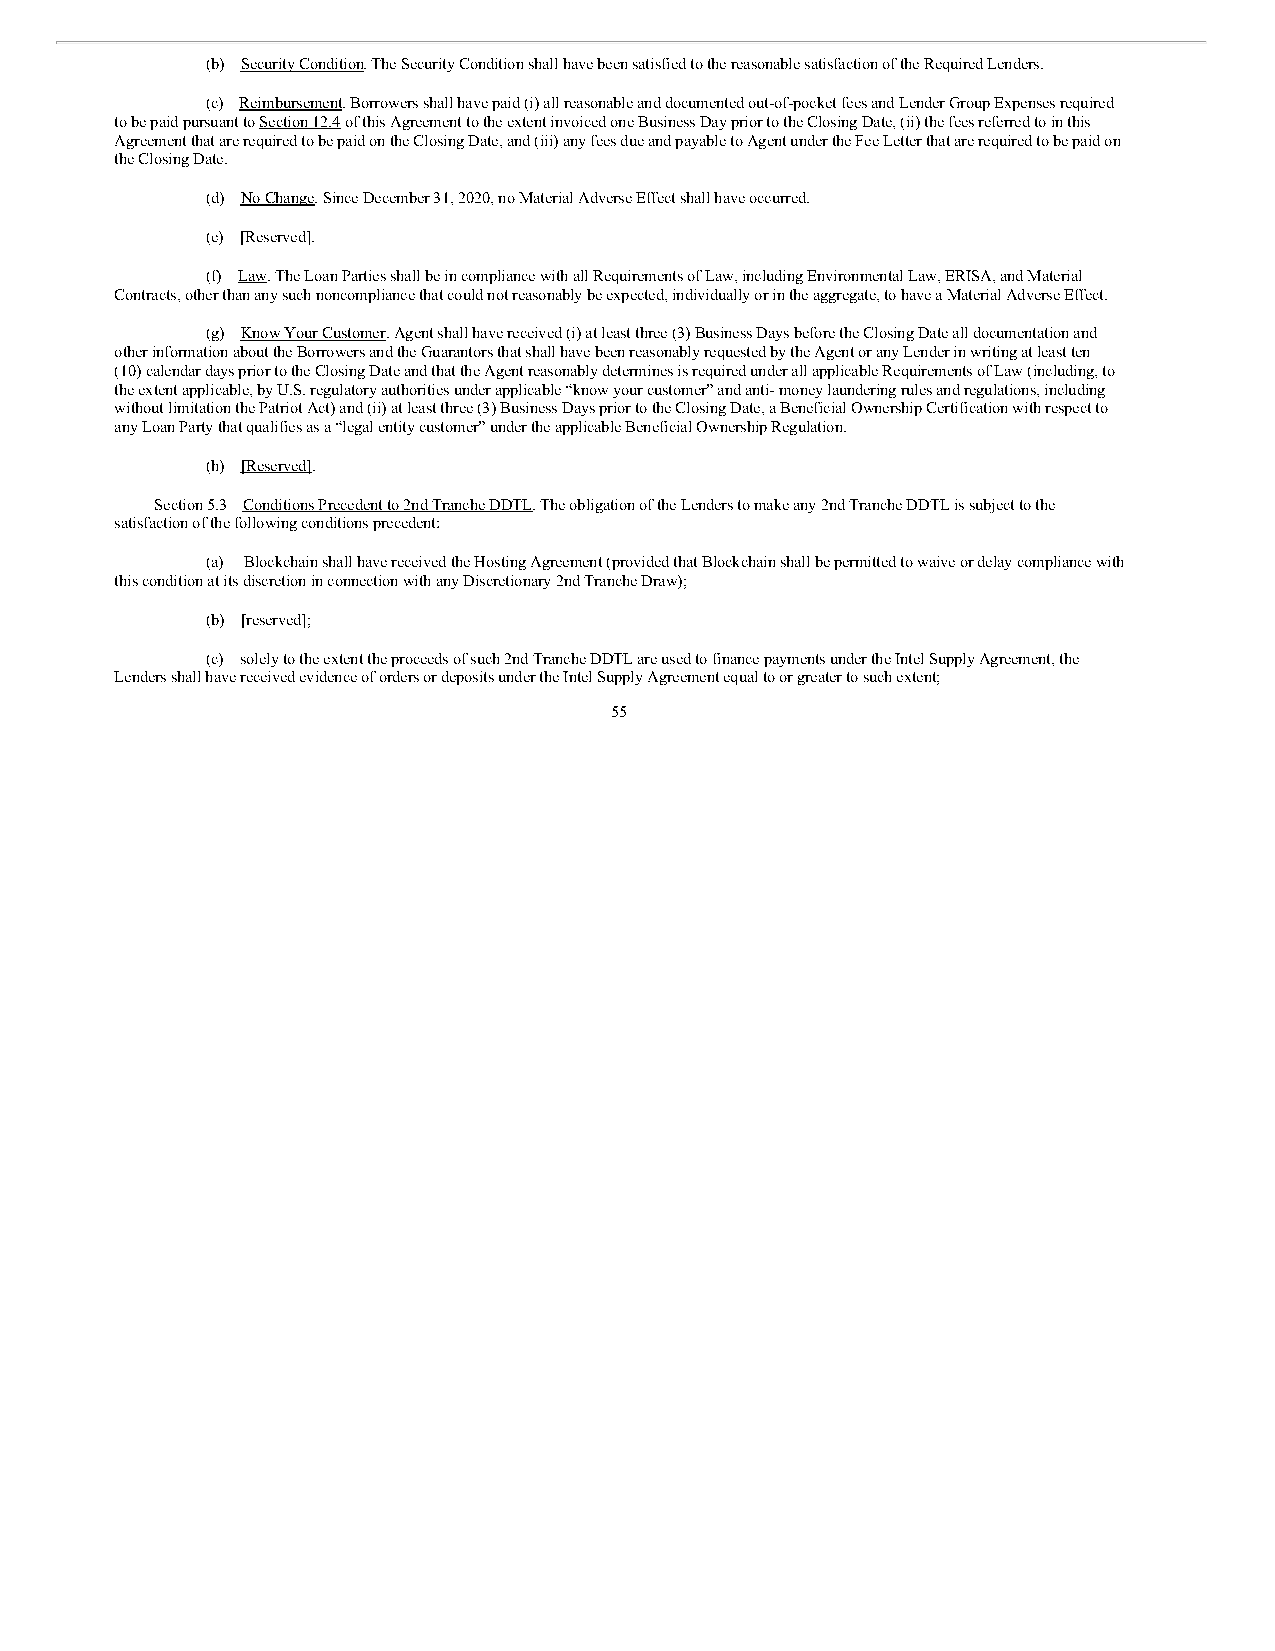
(b) Security Condition. The Security Condition shall have been satisfied to the reasonable satisfaction of the Required Lenders.
 (c) Reimbursement. Borrowers shall have paid (i) all reasonable and documented out-of-pocket fees and Lender Group Expenses required
 to be paid pursuant to Section 12.4 of this Agreement to the extent invoiced one Business Day prior to the Closing Date, (ii) the fees referred to in this
 Agreement that are required to be paid on the Closing Date, and (iii) any fees due and payable to Agent under the Fee Letter that are required to be paid on
 the Closing Date.
 (d) No Change. Since December 31, 2020, no Material Adverse Effect shall have occurred.
 (e) [Reserved].
 (f) Law. The Loan Parties shall be in compliance with all Requirements of Law, including Environmental Law, ERISA, and Material
 Contracts, other than any such noncompliance that could not reasonably be expected, individually or in the aggregate, to have a Material Adverse Effect.
 (g) Know Your Customer. Agent shall have received (i) at least three (3) Business Days before the Closing Date all documentation and
 other information about the Borrowers and the Guarantors that shall have been reasonably requested by the Agent or any Lender in writing at least ten
 (10) calendar days prior to the Closing Date and that the Agent reasonably determines is required under all applicable Requirements of Law (including, to
 the extent applicable, by U.S. regulatory authorities under applicable “know your customer” and anti- money laundering rules and regulations, including
 without limitation the Patriot Act) and (ii) at least three (3) Business Days prior to the Closing Date, a Beneficial Ownership Certification with respect to
 any Loan Party that qualifies as a “legal entity customer” under the applicable Beneficial Ownership Regulation.
 (h) [Reserved].
 Section 5.3 Conditions Precedent to 2nd Tranche DDTL. The obligation of the Lenders to make any 2nd Tranche DDTL is subject to the
 satisfaction of the following conditions precedent:
 (a) Blockchain shall have received the Hosting Agreement (provided that Blockchain shall be permitted to waive or delay compliance with
 this condition at its discretion in connection with any Discretionary 2nd Tranche Draw);
 (b) [reserved];
 (c) solely to the extent the proceeds of such 2nd Tranche DDTL are used to finance payments under the Intel Supply Agreement, the
 Lenders shall have received evidence of orders or deposits under the Intel Supply Agreement equal to or greater to such extent;
 55